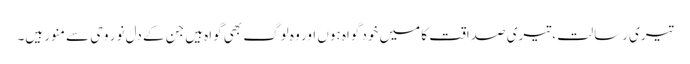
تیری رسالت ، تیری صداقت کا میں خود گواہ ہوں اور وہ لوگ بھی گواہ ہیں جن کے دل نور وحی سے منور ہیں۔